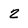
Character: 2